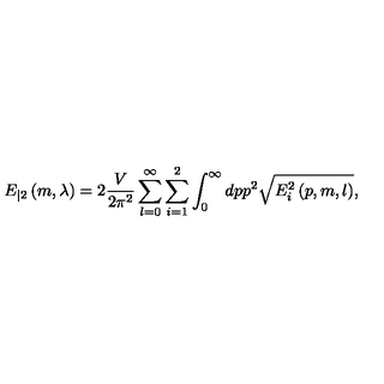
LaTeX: E _ { | 2 } \left( m , \lambda \right) = 2 \frac V { 2 \pi ^ { 2 } } \sum _ { l = 0 } ^ { \infty } \sum _ { i = 1 } ^ { 2 } \int _ { 0 } ^ { \infty } d p p ^ { 2 } \sqrt { E _ { i } ^ { 2 } \left( p , m , l \right) } ,